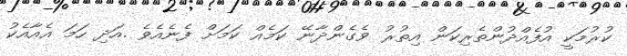
ކުރުމަކީ އުފެއްދުންތެރިކަން އިތުރު ވެގެންދާނޭ ކަމެއް ކަމަށް ފެނެއެވެ .އަދި ހަމަ އެއާއެކު